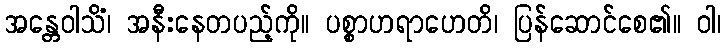
အန္တေဝါသိံ၊ အနီးနေတပည့်ကို။ ပစ္စာဟရာဟေတိ၊ ပြန်ဆောင်စေ၏။ ဝါ၊